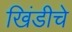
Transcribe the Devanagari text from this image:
खिंडीचे